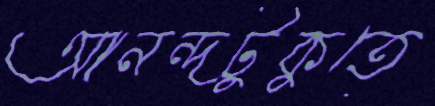
আনন্দটুকুতে